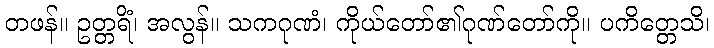
တဖန်။ ဥတ္တရိံ၊ အလွန်။ သကဂုဏံ၊ ကိုယ်တော်၏ဂုဏ်တော်ကို။ ပကိတ္တေသိ၊